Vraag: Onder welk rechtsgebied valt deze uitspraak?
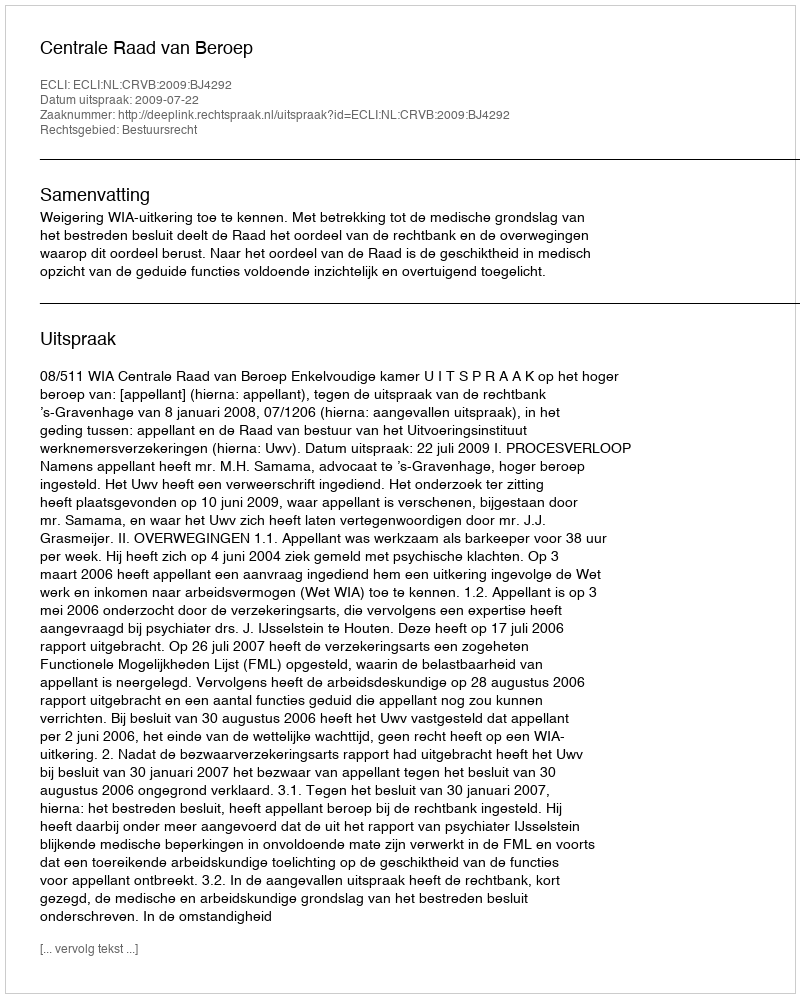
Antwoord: Bestuursrecht